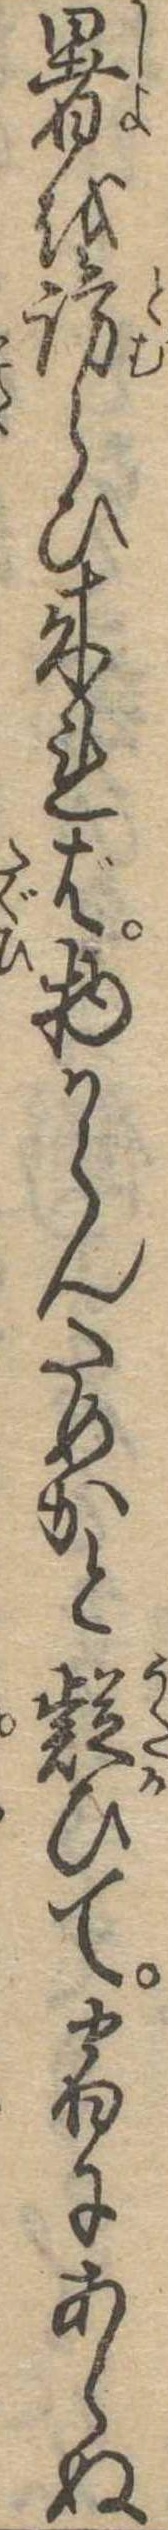
暑を訪らひ来れば物からんためかと疑ひて宿にあらぬ